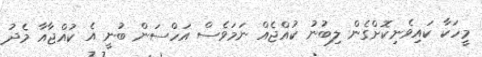
މީހަކާ ކައިވެނިކޮށްގެން ލިބުނު ކުއްޖެއް ނަމަވެސް އަހްސަން ބުނީ އެ ކުއްޖާއާ މެދު